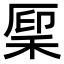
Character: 𫀳